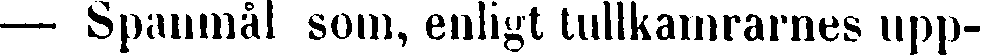
— Spanmål som, enligt tullkamrarnes upp-